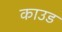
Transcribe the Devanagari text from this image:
काउड